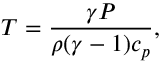
T = \frac { \gamma P } { \rho ( \gamma - 1 ) c _ { p } } ,